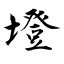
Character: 墱